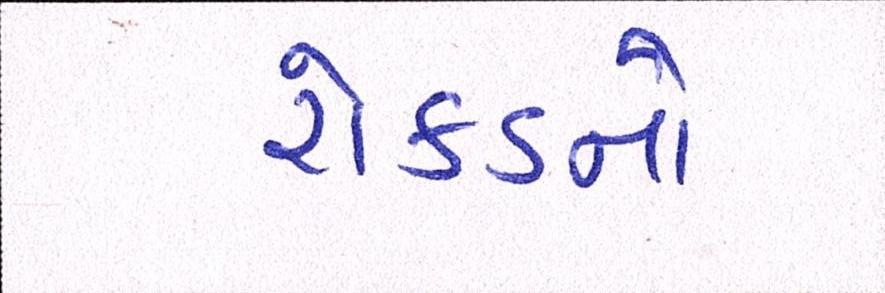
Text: રોકડનો